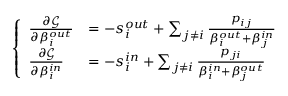
\left\{ \begin{array} { l l } { \frac { \partial \mathcal { G } } { \partial \beta _ { i } ^ { o u t } } } & { = - s _ { i } ^ { o u t } + \sum _ { j \neq i } \frac { p _ { i j } } { \beta _ { i } ^ { o u t } + \beta _ { j } ^ { i n } } } \\ { \frac { \partial \mathcal { G } } { \partial \beta _ { i } ^ { i n } } } & { = - s _ { i } ^ { i n } + \sum _ { j \neq i } \frac { p _ { j i } } { \beta _ { i } ^ { i n } + \beta _ { j } ^ { o u t } } } \end{array} \right.